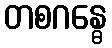
တစဂန္ဓေ